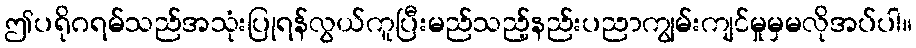
ဤပရိုဂရမ်သည်အသုံးပြုရန်လွယ်ကူပြီးမည်သည့်နည်းပညာကျွမ်းကျင်မှုမှမလိုအပ်ပါ။